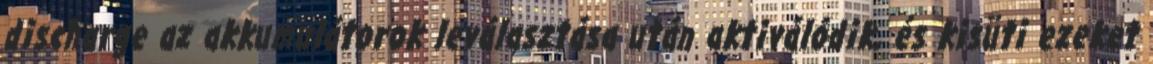
discharge az akkumulátorok leválasztása után aktiválódik, és kisüti ezeket